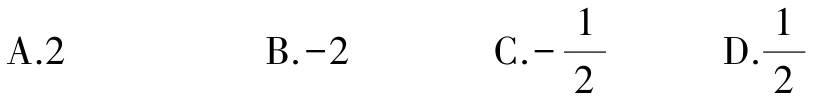
A.$2$  B.$-2$  C.$-\frac{1}{2}$  D.$\frac{1}{2}$